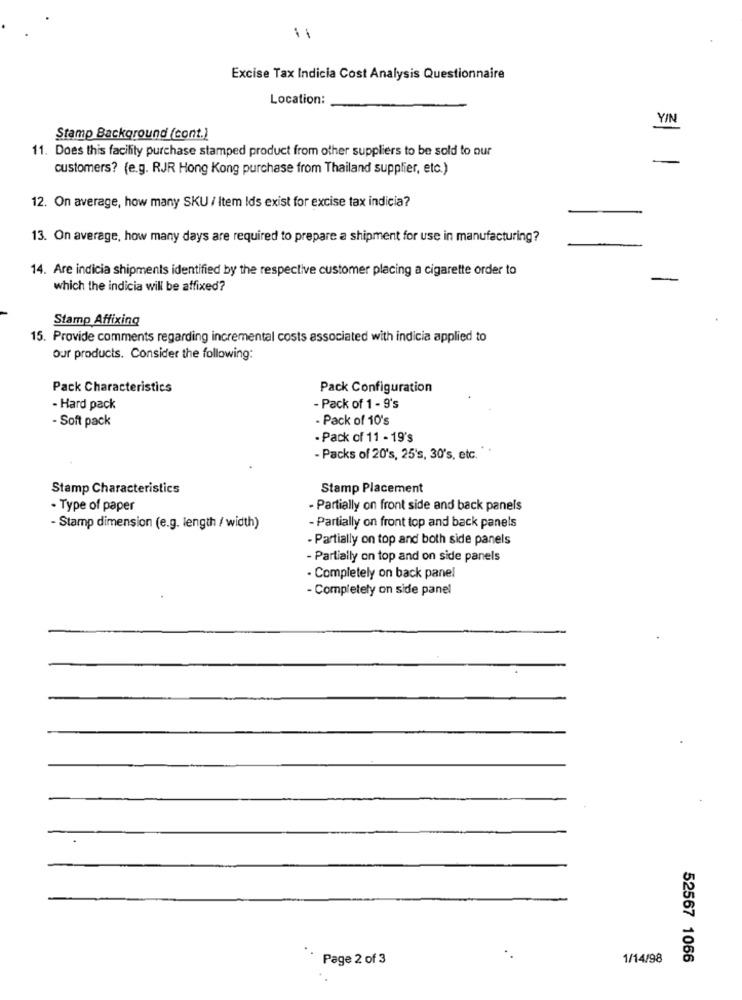
Excise Tax Indicia Cost Analysis Questionnaire
Location:
YIN
Stamp Background (cont.)
11. Does this facility purchase stamped product from other suppliers to be sold to our
customers? (e.g. RJR Hong Kong purchase from Thailand supplier, etc.)
12. On average, how many SKU / Item Ids exist for excise tax indicia?
13. On average, how many days are required to prepare a shipment for use in manufacturing?
14. Are indicia shipments identified by the respective customer placing a cigarette order to
which the indicia will be affixed?
Stamp Affixing
15. Provide comments regarding incremental costs associated with indicia applied to
our products. Consider the following:
Pack Characteristics
Pack Configuration
- Hard pack
- Pack of 1 - 9's
- Pack of 10's
- Soft pack
- Pack of 11 - 19's
- Packs of 20's, 25's, 30's, etc."
Stamp Characteristics
Stamp Placement
- Type of paper
- Partially on front side and back panels
- Stamp dimension (e.g. length / width)
- Partially on front top and back panels
- Partially on top and both side panels
- Partially on top and on side panels
· Completely on back panel
- Completely on side panel
Page 2 of 3
1/14/98
52567 1056